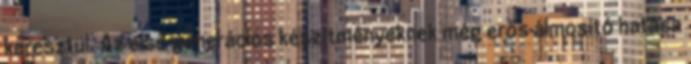
keresztül. Az első generációs készítményeknek még erős álmosító hatása